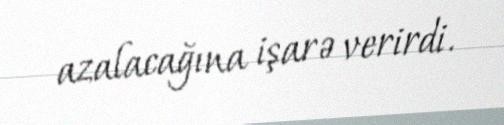
azalacağına işarə verirdi.